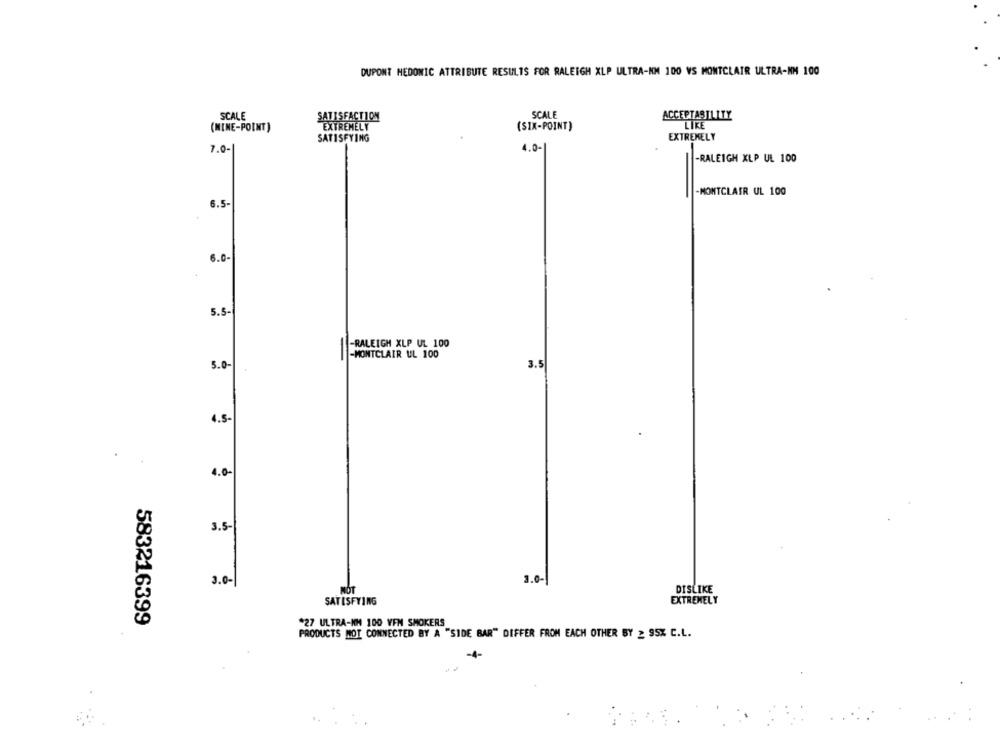
DUPONT MEDONIC ATTRIBUTE RESULTS FOR RALEIGH XLP ULTRA-KM 100 VS MONTCLAIR ULTRA-NM 100
SCALE
SATISFACTION
SCALE
ACCEPTABILITY
(MINE-POINT)
EXTREMELY
(SIX-POINT)
LIKE
EXTREMELY
SATISFYING
7.0-
4.0-
-RALEIGH XLP UL 100
-MONTCLAIR UL 100
6.5-
6.0-
5.5
-RALEIGH XLP UL 100
-MONTCLAIR UL 100
5.0-
3.5
4.5-
4.0-
3.5-
3.0-
3.0-
MOT
DISLIKE
SATISFYING
EXTREMELY
583216399
*27 ULTRA-KM 100 VFN SMOKERS
PRODUCTS NOT CONNECTED BY A "SIDE BAR" DIFFER FROM EACH OTHER BY 2 95% C.L.